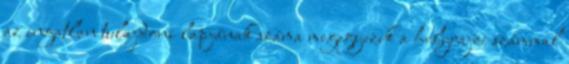
az ingatlan tulajdoni lapjának száma megegyezik a helyrajzi számmal